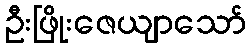
ဦးဖြိုးဇေယျာသော်